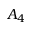
A _ { 4 }